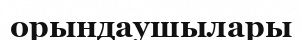
орындаушылары